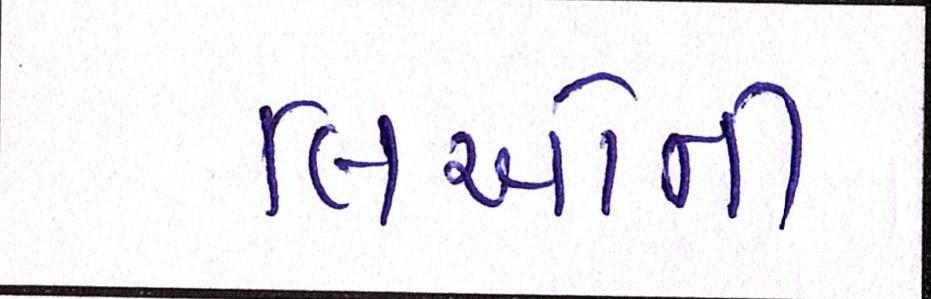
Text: લિઓની